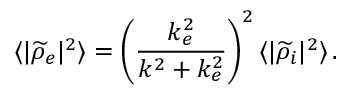
\langle | \widetilde { \rho } _ { e } | ^ { 2 } \rangle = \left( \frac { k _ { e } ^ { 2 } } { k ^ { 2 } + k _ { e } ^ { 2 } } \right) ^ { 2 } \langle | \widetilde { \rho } _ { i } | ^ { 2 } \rangle \, .